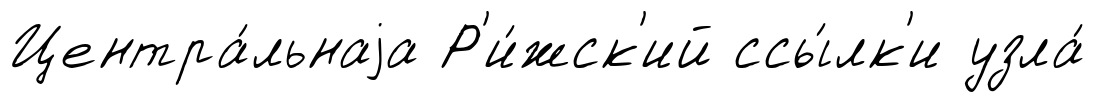
Центра́льнаjа Р'и́жск'ий ссы́лк'и узла́